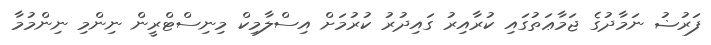
ފަރުޟު ނަމާދުގެ ޖަމާޢަތުގައި ކުރާއިރު ގައިދުރު ކުރުމަށް އިސްލާމިކް މިނިސްޓްރީން ނިންމި ނިންމުމާ